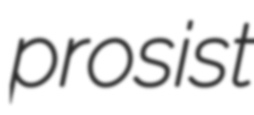
prosist